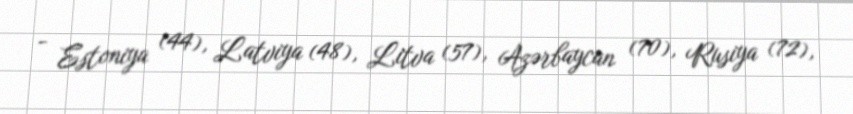
- Estoniya (44), Latviya (48), Litva (57), Azərbaycan (70), Rusiya (72),